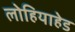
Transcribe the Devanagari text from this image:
लोहियाहेड